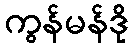
ကွန်မန်ဒို